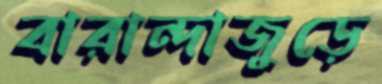
বারান্দাজুড়ে